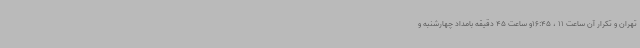
تهران و تکرار آن ساعت 11 ، 16:45و ساعت 45 دقیقه بامداد چهارشنبه و